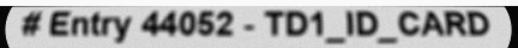
# Entry 44052 - TD1_ID_CARD